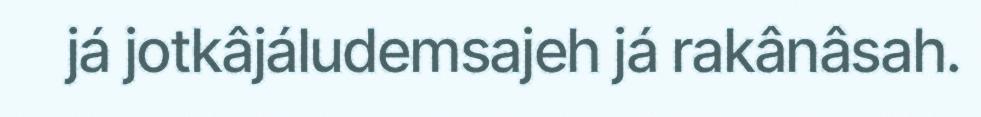
já jotkâjáludemsajeh já rakânâsah.